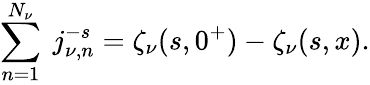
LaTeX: \sum_{n=1}^{N_{\nu}}\ j_{\nu,n}^{-s}=\zeta_{\nu}(s,0^{+})-\zeta_{\nu}(s,x).